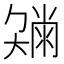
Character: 𡚂